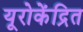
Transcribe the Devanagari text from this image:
यूरोकेंद्रित